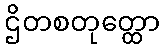
ဌိတစတုတ္ထော